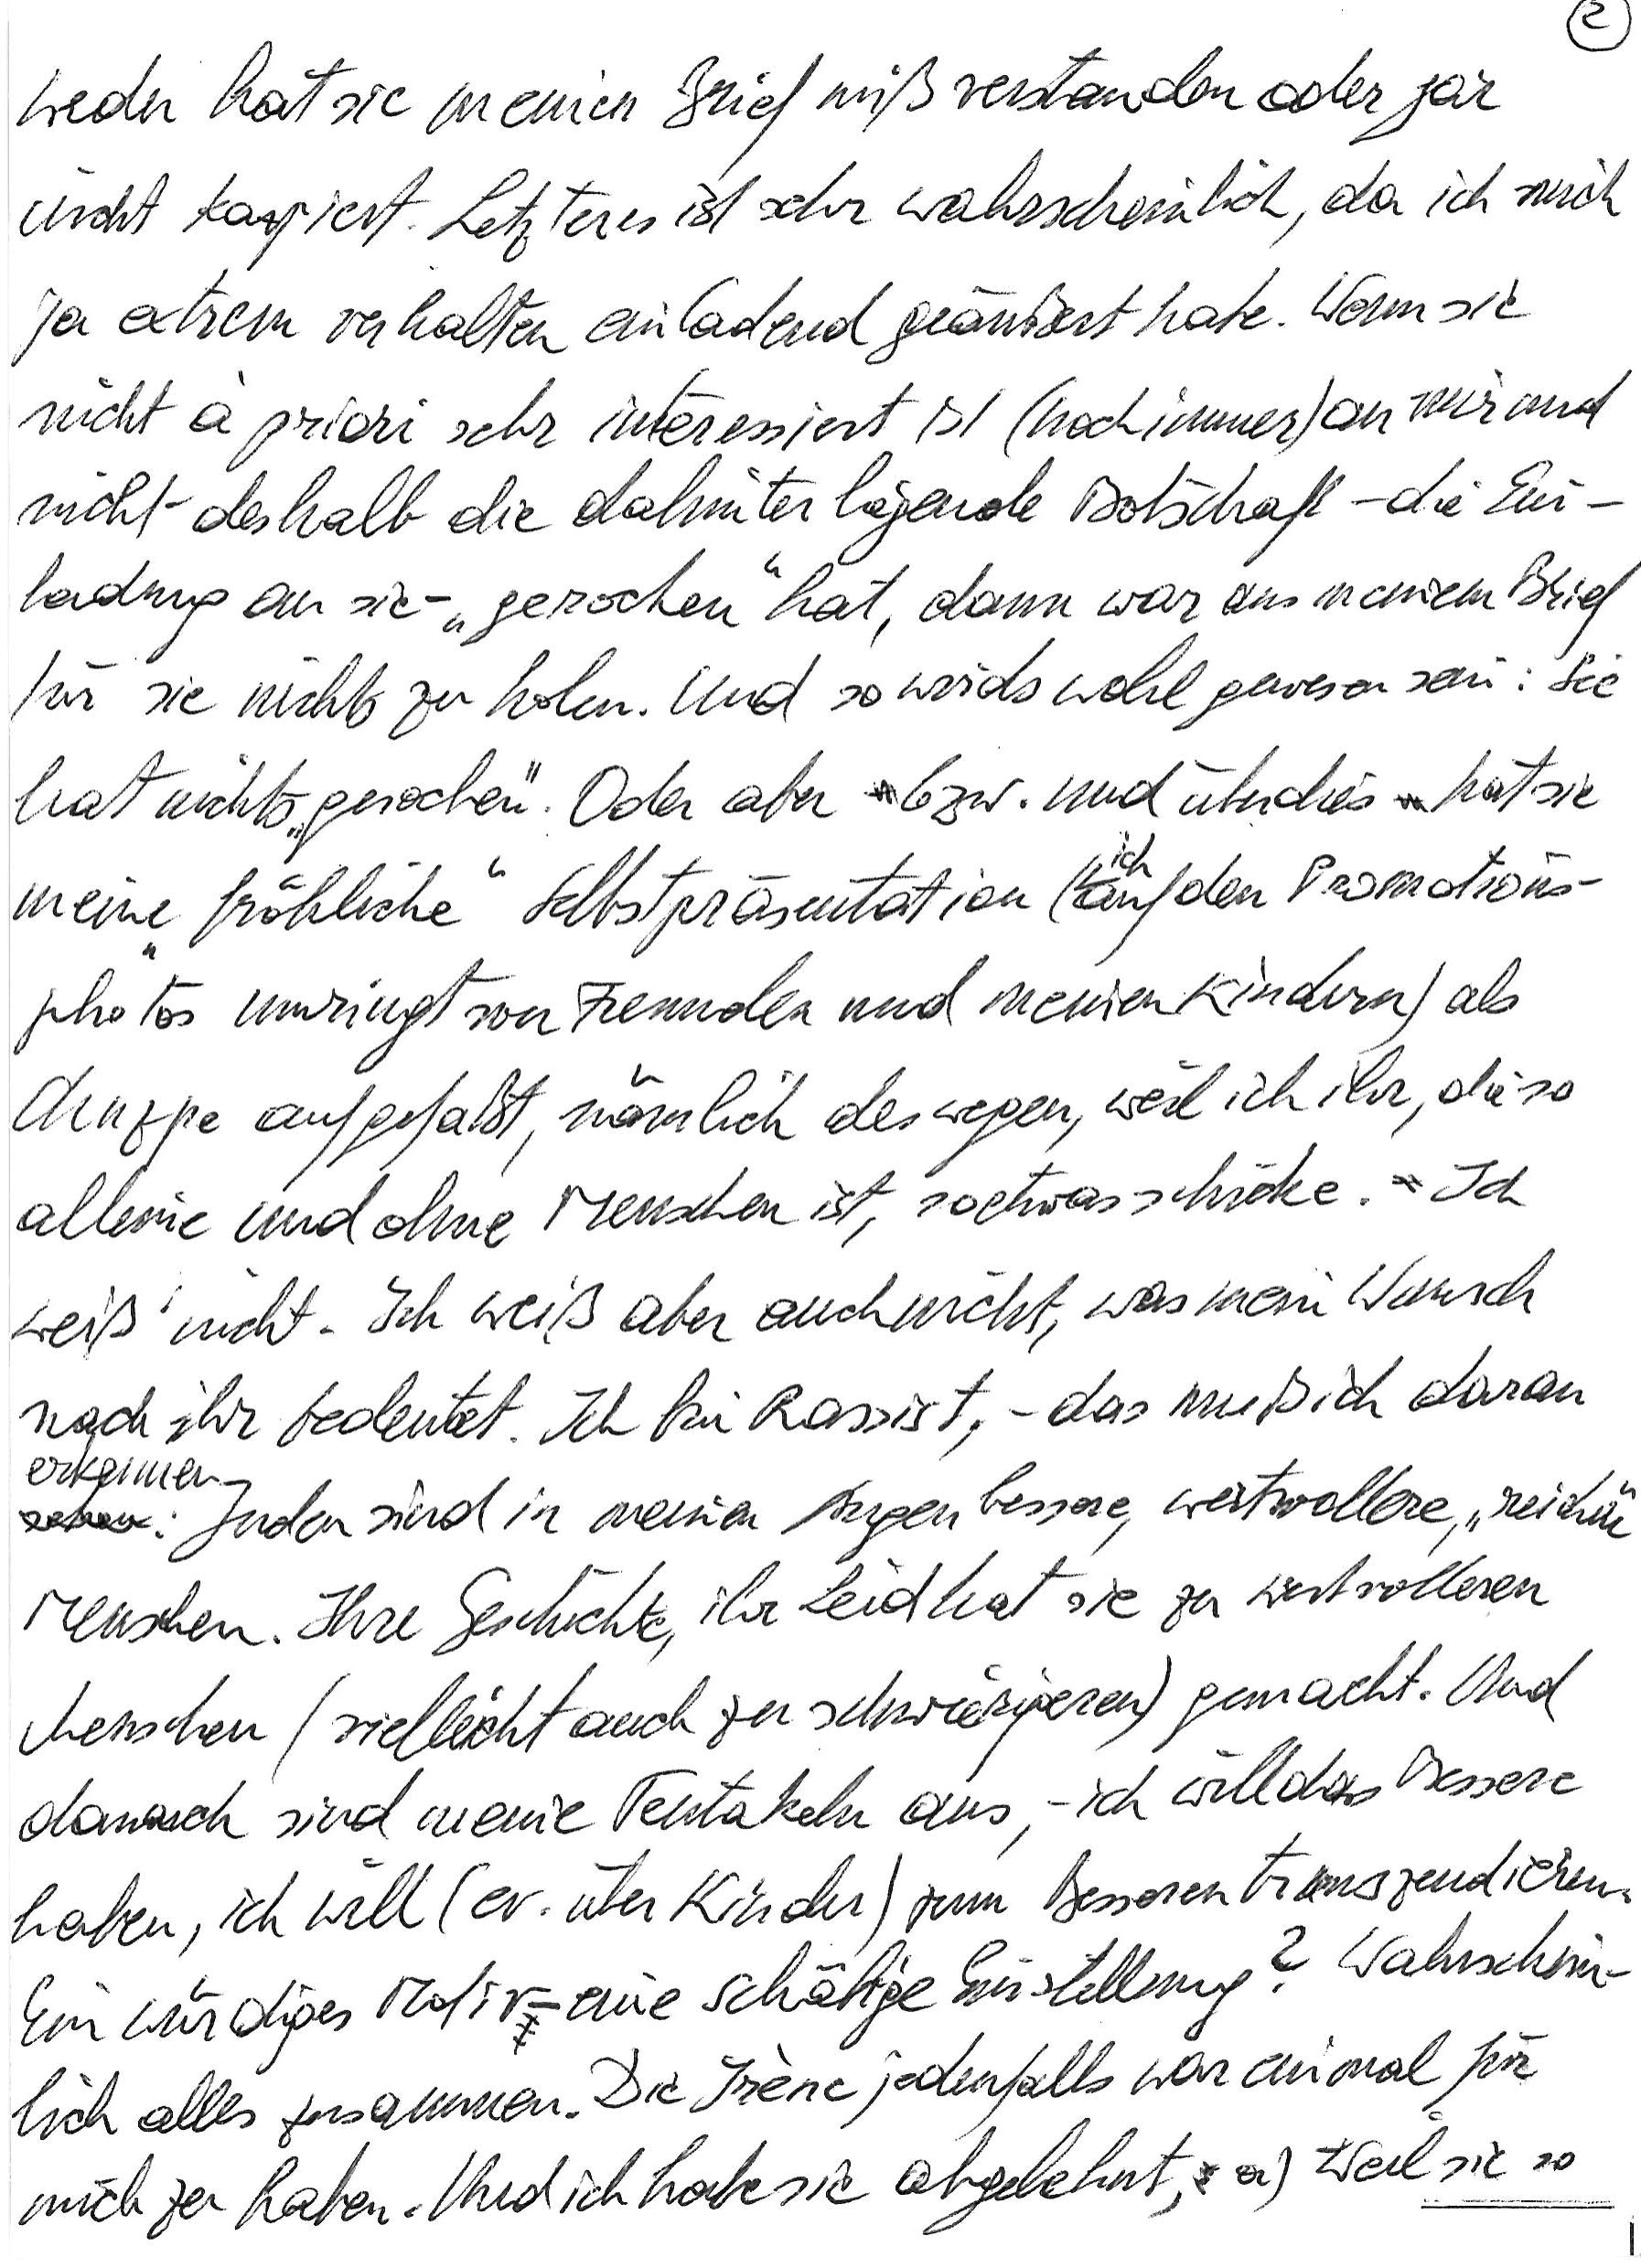
weder hat sie meinen Brief mißverstanden oder gar
nicht kapiert. Letzteres ist sehr wahrscheinlich, da ich mich
ja extrem verhalten einladend geäußert habe. Wenn sie
nicht à priori sehr interessiert ist (noch immer) an mir und
nicht deshalb die dahinterliegende Botschaft – die Ein-
ladung an sie – „gerochen“ hat, dann war aus meinem Brief
für sie nichts zu holen. Und so wird’s wohl gewesen sein: Sie
hat nichts „gerochen“. Oder aber bzw. und überdies hat sie
meine „fröhliche“ Selbstpräsentation (ich auf den Promotions-
photos umringt von Freunden und meinen Kindern) als
Chuzpe aufgefaßt, nämlich deswegen, weil ich ihr, die so
alleine und ohne Menschen ist, so etwas schicke. Ich
weiß nicht. Ich weiß aber auch nicht, was mein Wunsch
nach ihr bedeutet. Ich bin Rassist – das muss ich daran
erkennen: Juden sind in meinen Augen bessere, wertvollere, „reichere“
Menschen. Ihre Geschichte, ihr Leid hat sie zu wertvolleren
Menschen (vielleicht auch zu schwierigeren) gemacht. Und
danach sind meine Tentakeln aus, – ich will das Bessere
haben, ich will (ev. über Kinder) zum Besseren transzendieren.
Ein würdiges Motiv – eine schäbige Einstellung? Wahrschein-
lich alles zusammen. Die Irène jedenfalls war einmal für
mich zu haben. Und ich habe sie abgelehnt, a) weil sie so